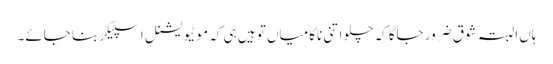
ہاں البتہ شوق ضرور جاگا کہ چلو اتنی ناکامیاں تو ہیں ہی کہ موٹیویشنل اسپیکر بنا جائے۔